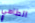
الطاهي